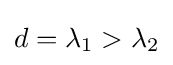
d=\lambda _{1}>\lambda _{2}